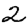
Digit: 2